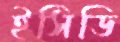
ইসিডি